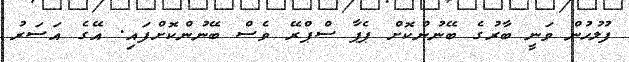
ފުލުހުން ވަނީ ބާރުގެ ބޭނުންކޮށް ޕެޕާ ސްޕްރޭ ވެސް ބޭނުންކޮށްފައި. އޭގެ އަސަރު